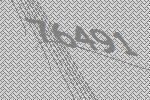
76491